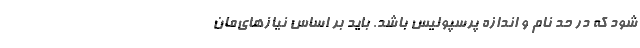
شود که در حد نام و اندازه پرسپولیس باشد. باید بر اساس نیازهای‌مان